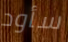
سأود